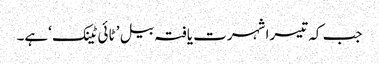
​جب کہ تیسرا شہرت یافتہ بیل ’ ٹائی ٹینک ‘ہے۔